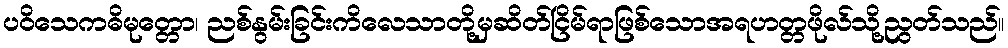
ပဝိသေကဓိမုတ္တော၊ ညစ်နွမ်းခြင်းကိလေသာတို့မှဆိတ်ငြိမ်ရာဖြစ်သောအရဟတ္တဖိုလ်သို့ညွတ်သည်။